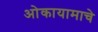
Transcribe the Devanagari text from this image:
ओकायामाचे